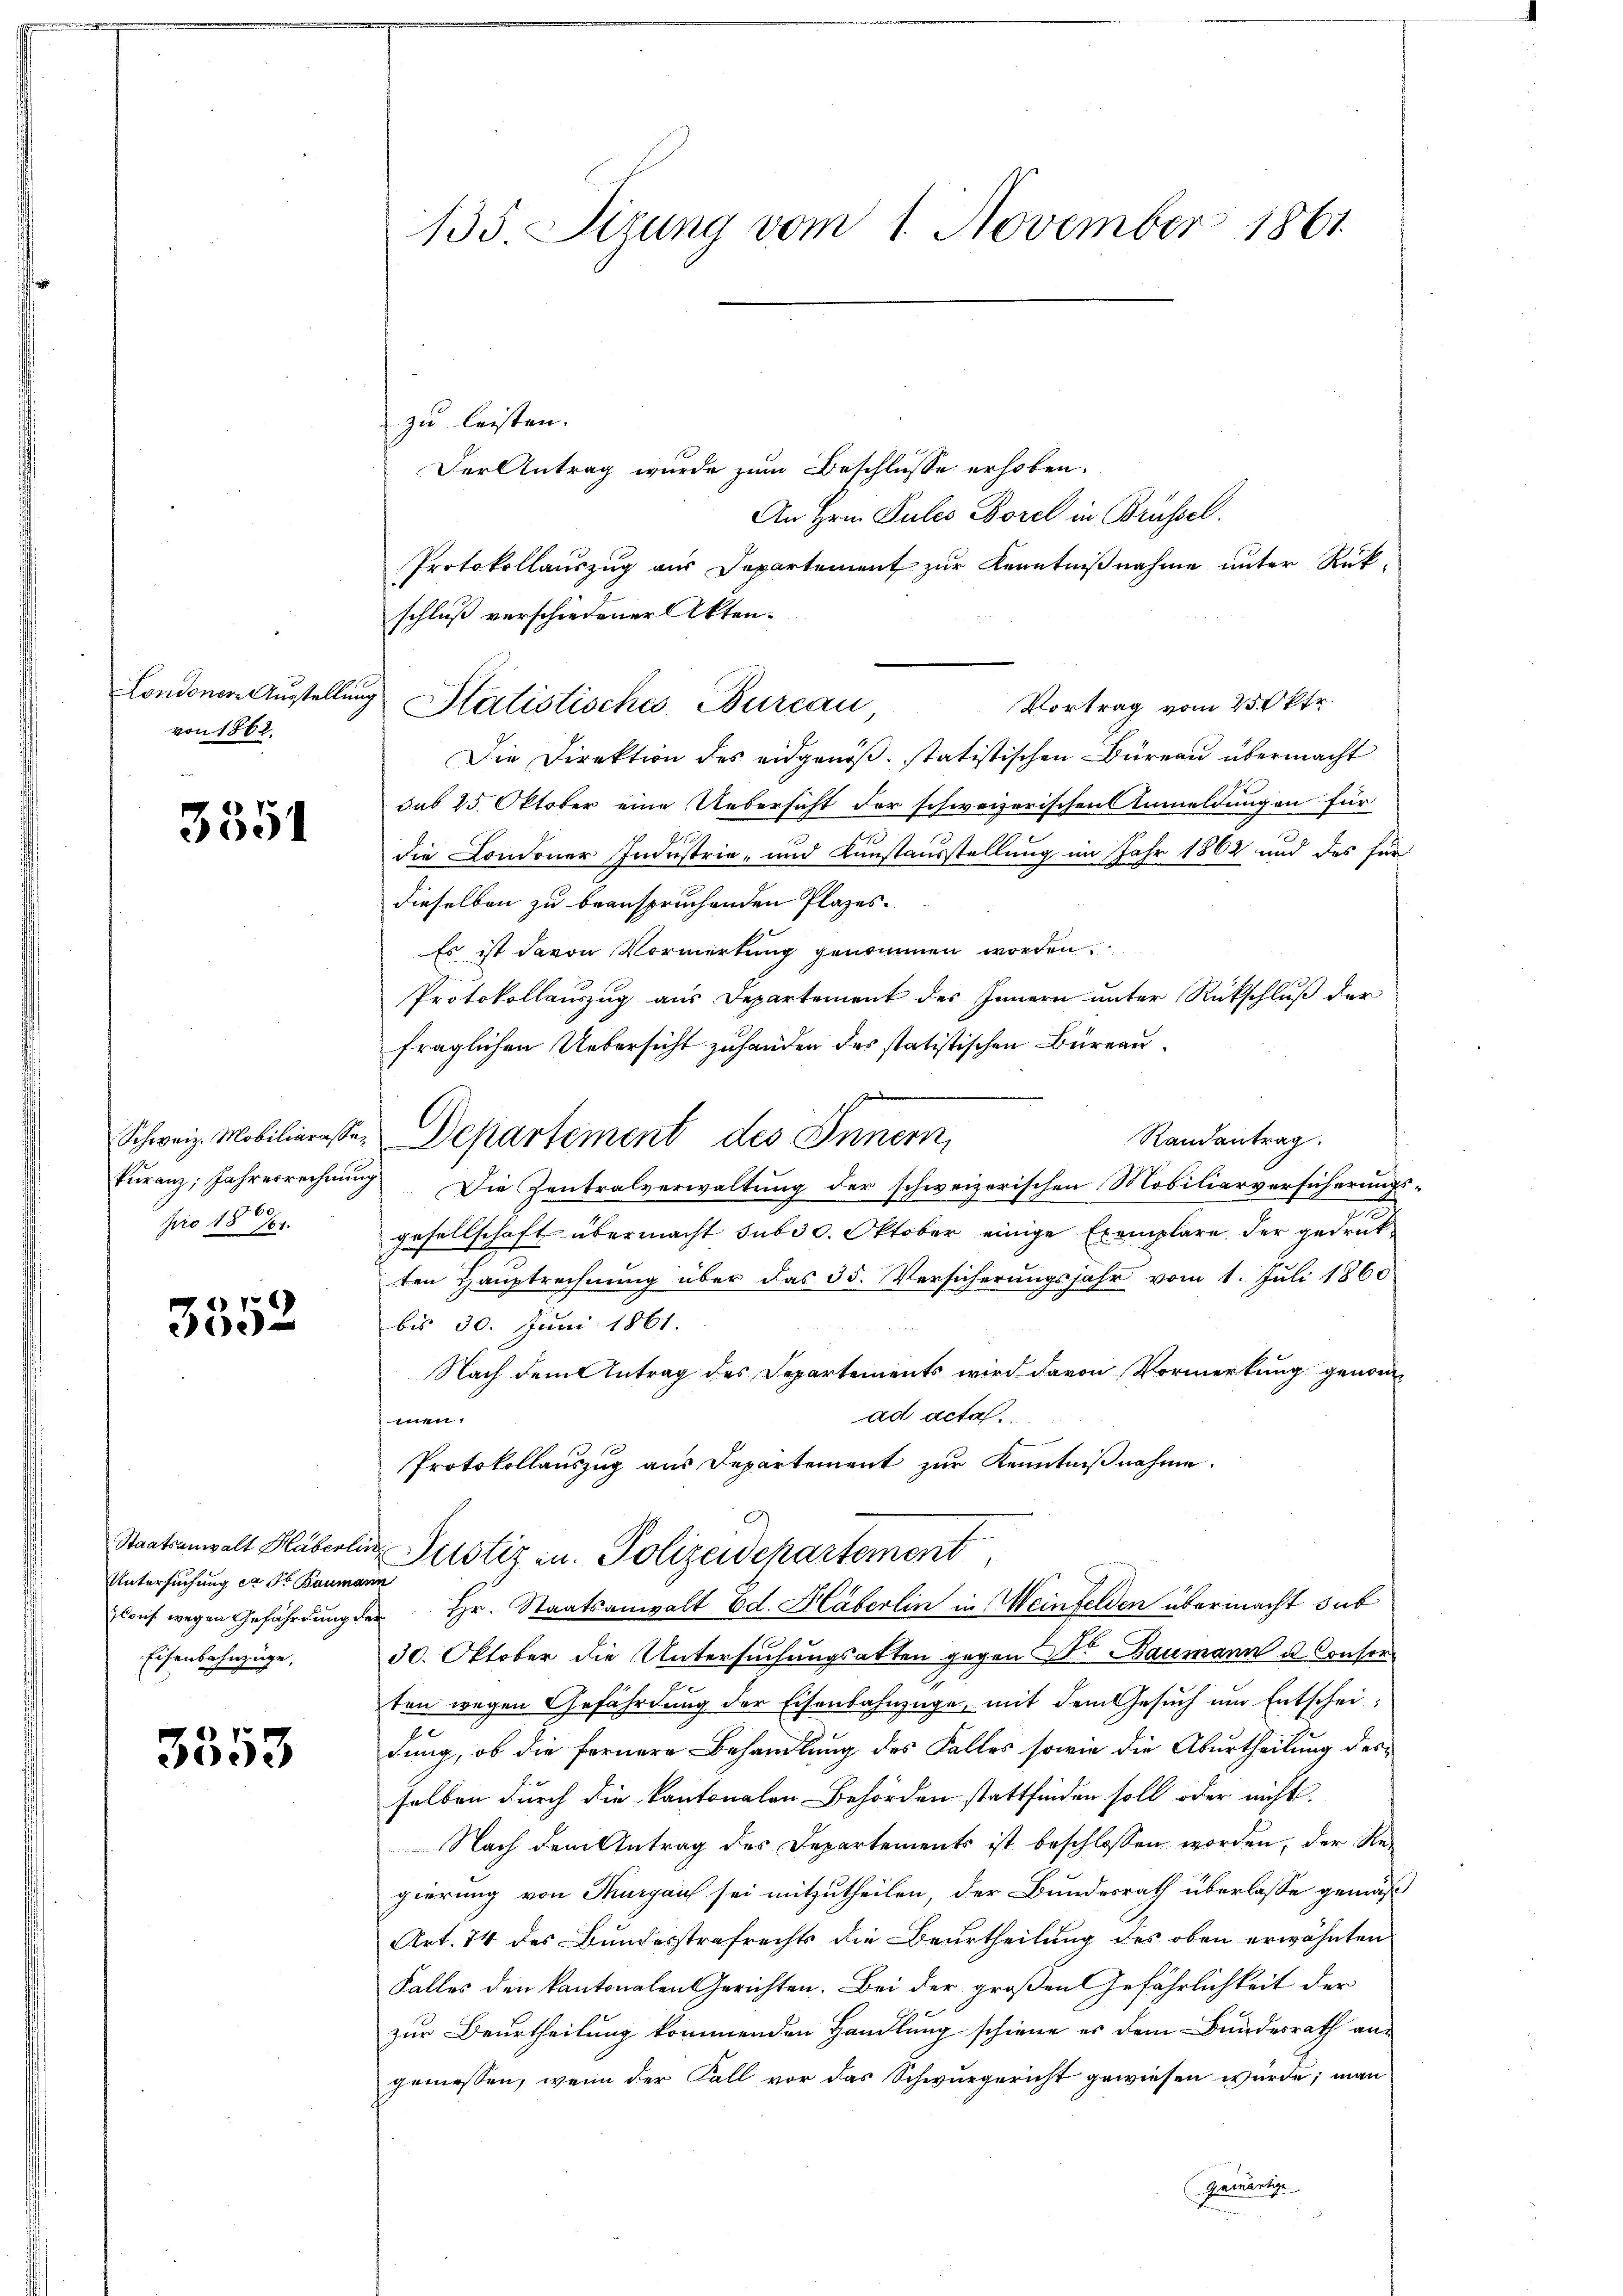
Londoner Ausstellung
von 1862.

3551

Schweiz. Mobiliarassekŭranz, Jahresrechnung
160
pro 18 161.

6)
350

Staatsanwalt Haberli
Untersuchung er Dr Bauman
Cous. wegen Gefährdung des
Eisenbahnzüge,

3353

135 Sizung vom 1. November 1861

zu leisten. |
Der Antrag wurde zum Beschlusse erhoben.
An Hrn. Pules Borel in Brüssel.
Protokollauszug aus Departement zur Kenntnißnahme unter Rück-
schluß verschiedener Akten.
Vortrag vom 25. Oktr.
Die Direktion des eidgenöß. statistischen Büreau übermacht
sub 15. Oktober eine Uebersicht der schweizerischen Anmeldungen für
die Condoner Industrie- und Kunstausstellung im Jahr 1862 und des für
dieselben zu beanspruchenden Plazes.
Es ist davon Vormerkung genommen worden.
Protokollauszug aus Departement des Innern unter Rückschluß der
fraglichen Uebersicht zuhanden des statistischen Büreau.
Randantrag.
Departement des Innern,
Die Zentralverwaltung der schweizerischen Mobiliarversicherungsgesellschaft übermacht sub 30. Oktober einige Exemplare. Der gedruks
ten Hauptrechnung über das 35. Versicherungsjahr vom 1. Juli 1860
bis 30. Juni 1861.
Nach dem Antrag des Departements wird davon Vormerkung genomad acta
men,
Protokollauszug aus Departement zŭr Kenntniβnahme.
Justiz u. Polizeidepartement
27
 Hr. Staatsanwalt Ed. Häberlin in Weinfelden übermacht sub
30. Oktober die Untersuchungsakten gegen Dr Baumann u. Consorten wegen Gefährdung der Eisenbahnzüge, mit dem Gesŭch um Entscheidung, ob die fernere Behandlung des Falles sowie die Aburtheilung desselben durch die kantonalen Behörden stattfinden soll oder nicht.
Nach dem Antrag des Departements ist beschlossen worden, der Regierung von Thurgau sei mitzutheilen, der Bundesrath überlasse gemäß
Art. 74 des Bundesstrafrechts die Beurtheilung des oben erwähnten
Falles den kantonalen Gerichten. Bei der großen Gefährlichkeit der
zur Beurtheilung kommenden Handlung schiene es dem Bundesrath angemessen, wenn der Fall vor das Schwurgericht gewiesen wurde; man
Gamartige
.

Statistisches Bureau